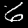
Label: 6